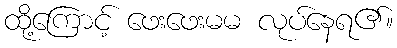
ထို့ကြောင့် ဖေးဖေးမမ လုပ်နေရ၏။